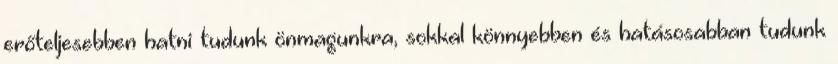
erőteljesebben hatni tudunk önmagunkra, sokkal könnyebben és hatásosabban tudunk